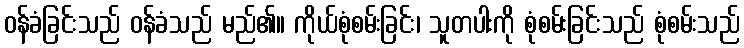
ဝန်ခံခြင်းသည် ဝန်ခံသည် မည်၏။ ကိုယ်စုံစမ်းခြင်း၊ သူတပါးကို စုံစမ်းခြင်းသည် စုံစမ်းသည်